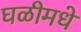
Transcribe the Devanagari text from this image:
घळीमधे